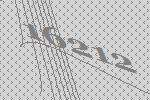
16212